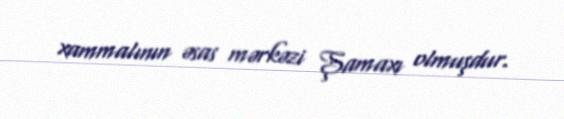
xammalının əsas mərkəzi Şamaxı olmuşdur.